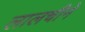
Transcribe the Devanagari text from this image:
लालचीने